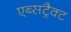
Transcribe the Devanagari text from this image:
एब्सट्रैक्ट